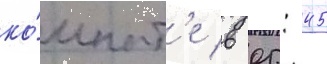
ко́мнат'е в 05: 45